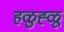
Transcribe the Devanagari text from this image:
हळुह्ळू